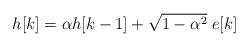
LaTeX: \begin{align*}h[k]= \alpha h[k-1]+\sqrt{1-\alpha^2} \; e[k]\end{align*}